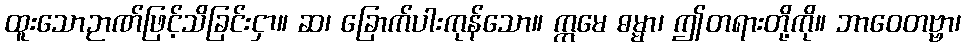
ထူးသောဉာဏ်ဖြင့်သိခြင်းငှာ။ ဆ၊ ခြောက်ပါးကုန်သော။ ဣမေ ဓမ္မာ၊ ဤတရားတို့ကို။ ဘာဝေတဗ္ဗာ၊